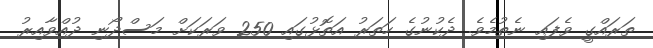
ތަރައްގީ ވެފައި ނެތުމެވެ. ދެކުނުގެ ހަތަރު އަތޮޅުގައި 250 ވަރަކަށް މަސްދޯނި ދުއްވާއިރު